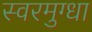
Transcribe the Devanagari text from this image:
स्वरमुग्धा